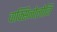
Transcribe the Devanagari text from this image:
वाक्सिनोलोजि